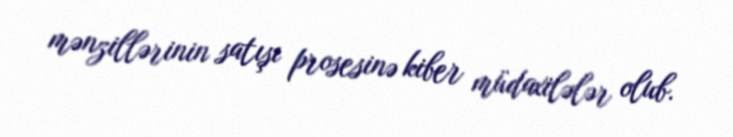
mənzillərinin satışı prosesinə kiber müdaxilələr olub.